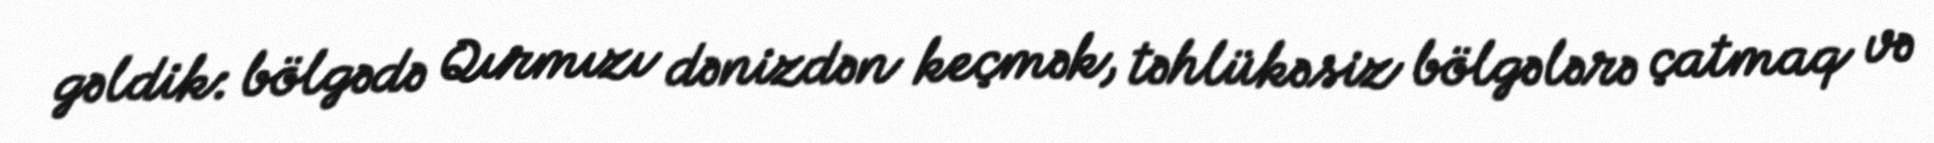
gəldik: bölgədə Qırmızı dənizdən keçmək, təhlükəsiz bölgələrə çatmaq və